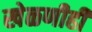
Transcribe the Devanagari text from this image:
खेळणीही